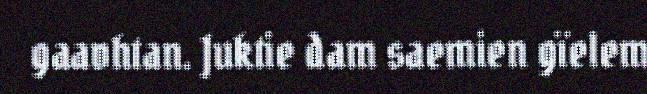
gaavhtan. Juktie dam saemien gïelem